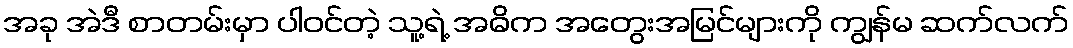
အခု အဲဒီ စာတမ်းမှာ ပါဝင်တဲ့ သူ့ရဲ့ အဓိက အတွေးအမြင်များကို ကျွန်မ ဆက်လက်